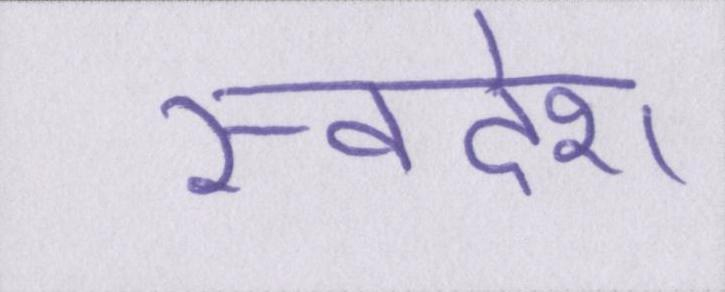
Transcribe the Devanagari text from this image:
स्वदेश